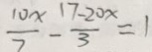
\frac { 1 0 x } { 7 } - \frac { 1 7 - 2 0 x } { 3 } = 1